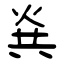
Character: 烡